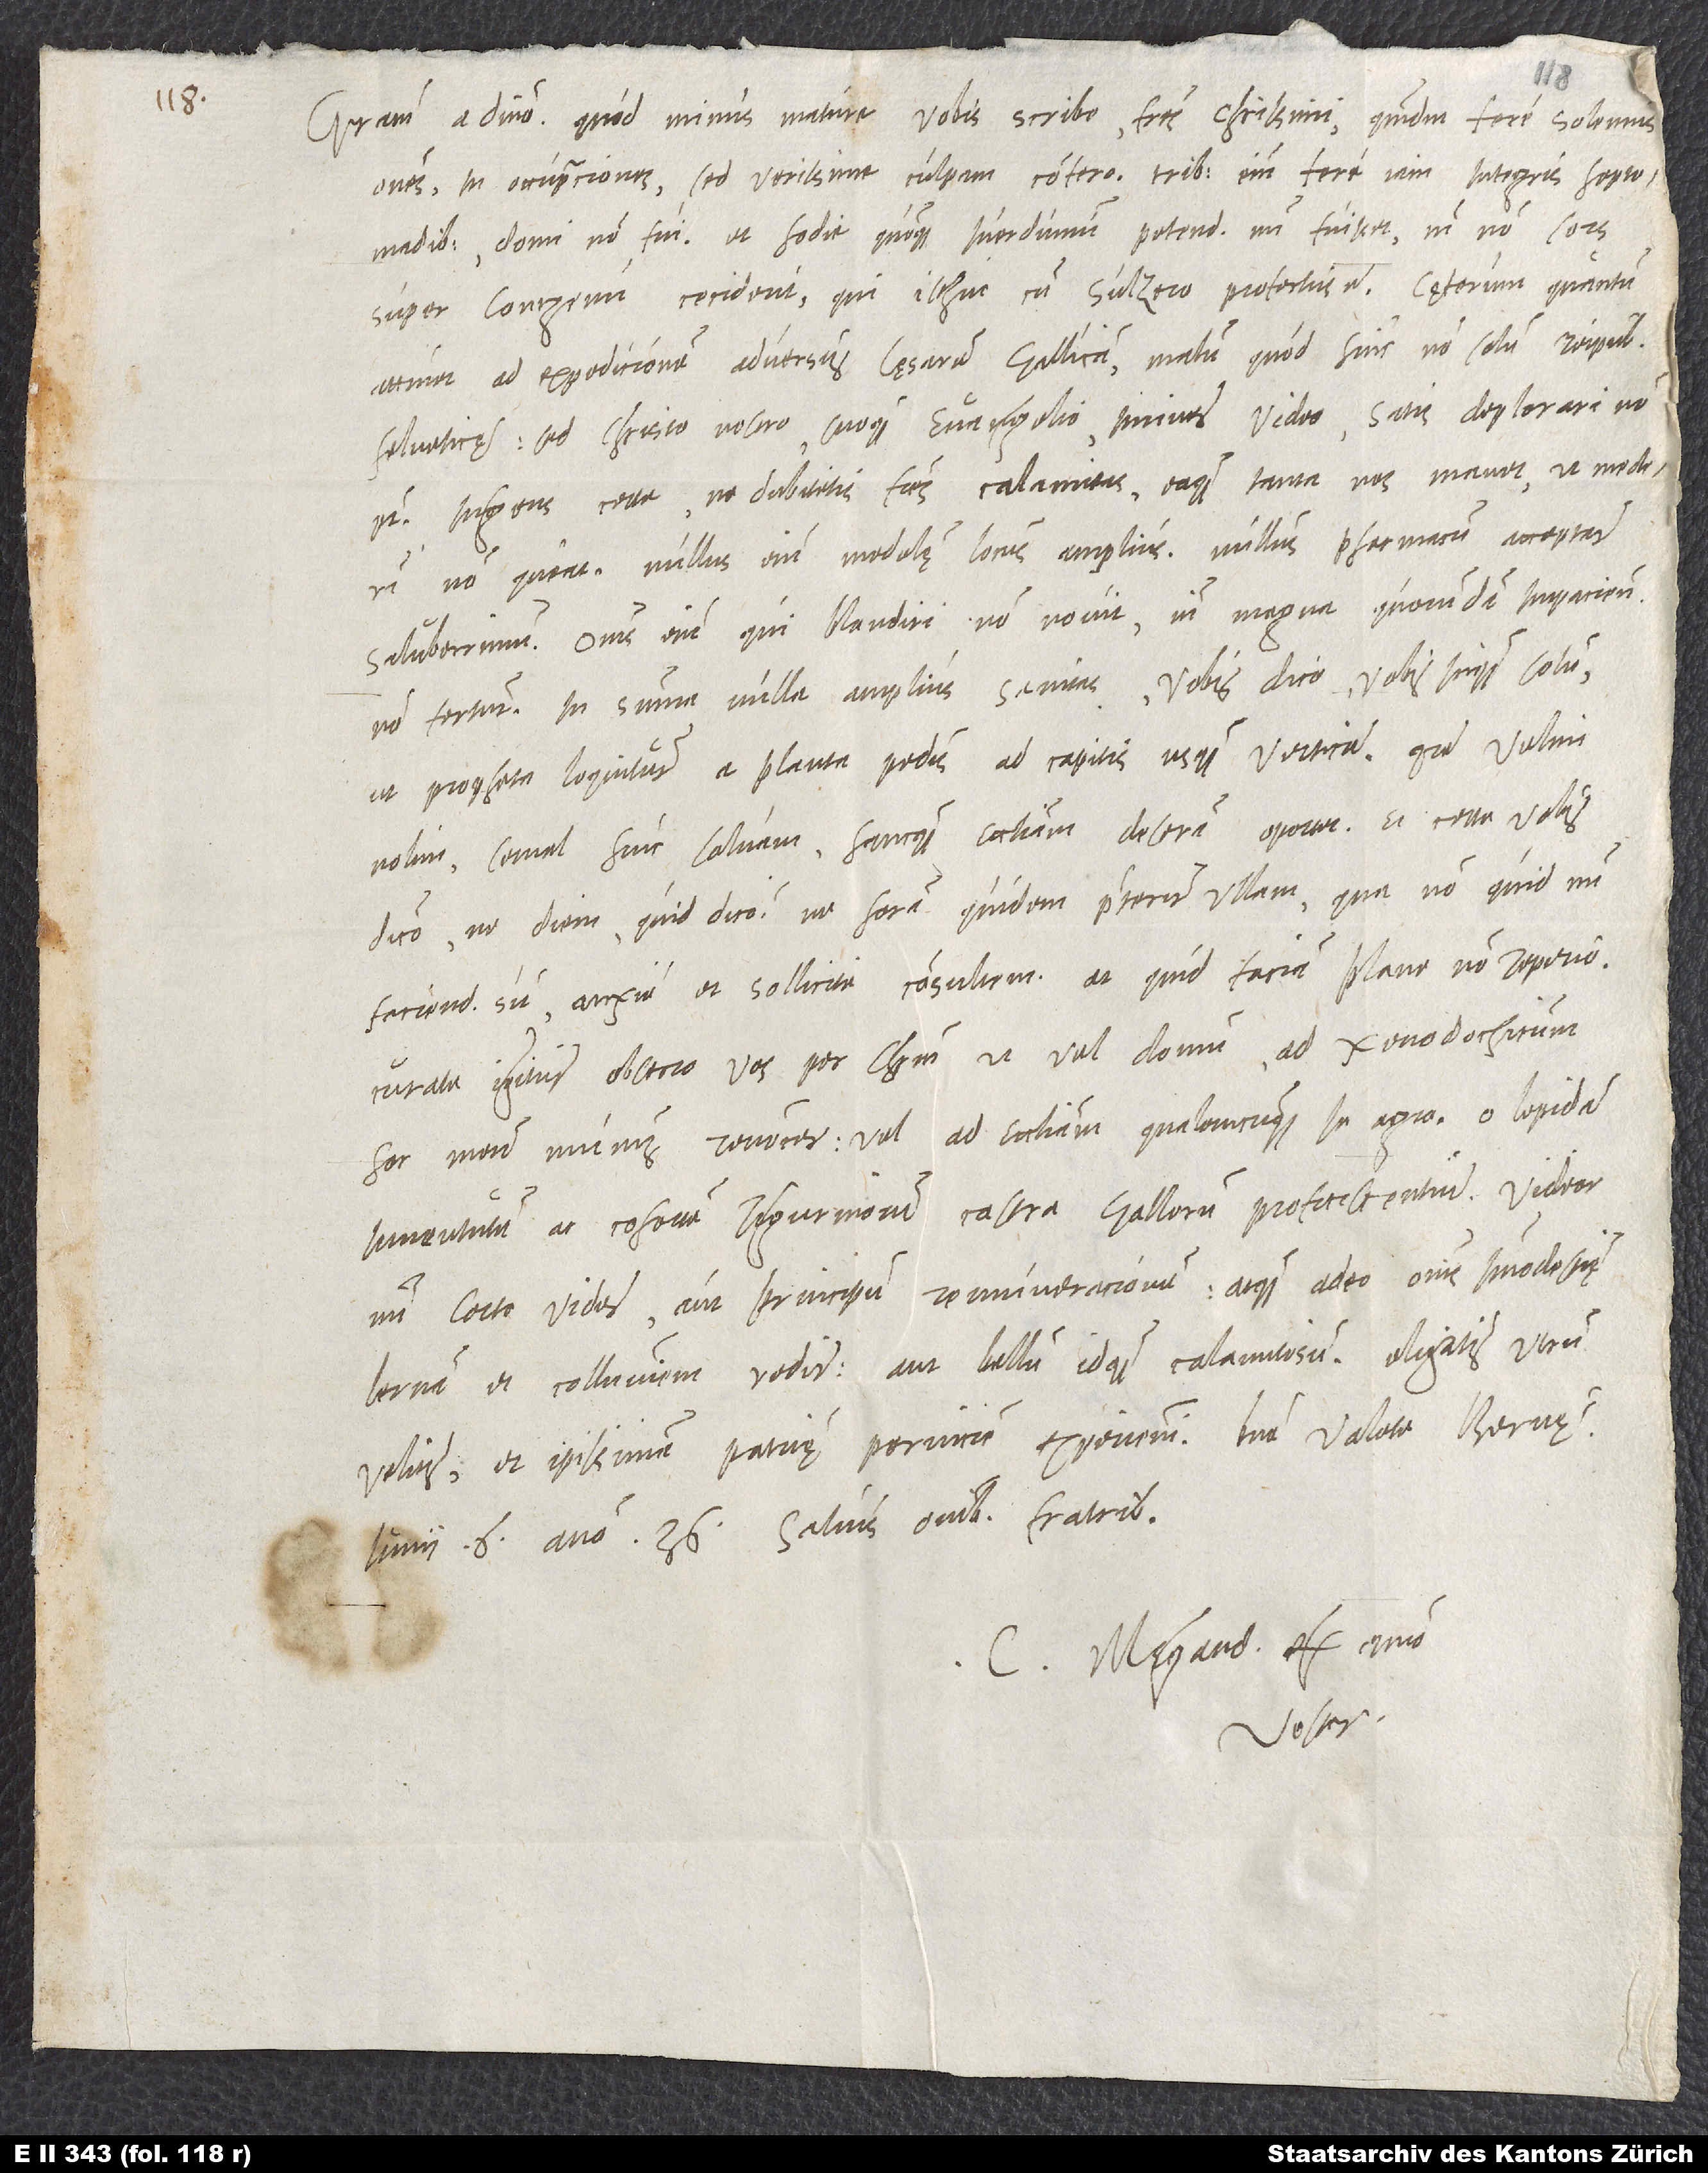
Gratiam a domino. Quod minus mature vobis scribo, fratres charissimi, quemadmodum fere solemus
omnes, in occupationes, sed verissime, culpam confero. Tribus enim fere iam integris heptomadibus
domi non fui. Et hodie quoque Iverdunum petendum mihi fuisset, nisi non sors
super Contzenum ceciderit, qui isthuc cum Sulzero profectus est. Cęterum, quantum
attinet ad expeditionem adversus cęsarem Gallicam, malum, quod hinc non solum reipublicae
Helveticę, sed Christo nostro suoque evangelio iminere video, satis deplorari non
potest. Ingens certe, ne dubitetis, fratres, calamitas eaque tanta nos manet, ut mederi
non queat. Nullus enim medelę locus amplius. Nullus pharmacum acceptat
saluberrimum. Omnis enim, qui blandiri non novit, nisi magna quorundam impatientia
non fertur. In summa: Nulla amplius sanitas - vobis dico, vobis, inquam, solum
ut propheta loquitur, a planta pedis ad capitis usque verticem. Quare velim
nolim semel hinc solvam hancque ecclesiam deseram oportet. Et certe vobis
dico ne diem - quid dico? - ne horam quidem praeterire ullam, qua non, quid mihi
faciendum sit, anxie et sollicite consultem. At quid faciam, plane non reperio.
Curate igitur, obsecro vos per Christum, ut vel domum ad xenodochicum
hoc meum munus revocer vel ad ecclesiam qualerncunque in agro. O lepidam
juventutem ac cohortem Tigurinorum castra Gallorum proficiscentium! Videor
mihi certe videre aut principum remunerationem atque adeo omnis immodestię
Lernam et colluviem redire aut bellum idque calamitosum. Eligatis, utrum
velitis, et ipsissimam patrię perniciem experiemini. Bene valete. Bernę,
iunii 6. anno 36. Salvis omnibus fratribus.
C. Megand. ex animo
vester.